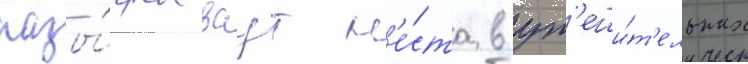
разы́грываут м'е́ста в ут'еши́т'ельных